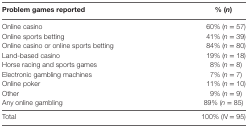
<table><thead><tr><td><b>Problem games reported</b></td><td><b>% (<i>n</i>)</b></td></tr></thead><tbody><tr><td>Online casino</td><td>60% (<i>n</i> = 57)</td></tr><tr><td>Online sports betting</td><td>41% (<i>n</i> = 39)</td></tr><tr><td>Online casino or online sports betting</td><td>84% (n = 80)</td></tr><tr><td>Land-based casino</td><td>19% (<i>n</i> = 18)</td></tr><tr><td>Horse racing and sports games</td><td>8% (<i>n</i> = 8)</td></tr><tr><td>Electronic gambling machines</td><td>7% (<i>n</i> = 7)</td></tr><tr><td>Online poker</td><td>11% (<i>n</i> = 10)</td></tr><tr><td>Other</td><td>9% (<i>n</i> = 9)</td></tr><tr><td><i>Any online gambling</i></td><td>89% (<i>n</i> = 85)</td></tr><tr><td>Total</td><td>100% (<i>N</i> = 95)</td></tr></tbody></table>